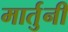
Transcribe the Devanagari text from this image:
मार्तुनी